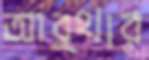
আর্থার